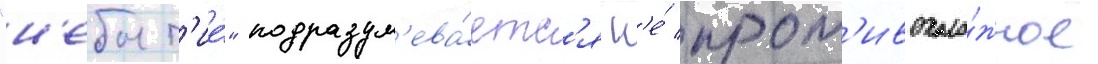
"н'ебыт'ие́" подразум'ева́етс'я н'е́ прот'ивополо́жное